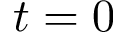
t = 0